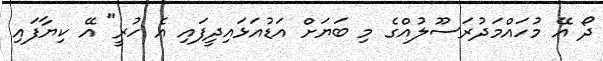
ދޯ އޭ މުހައްމަދުރަސޫލުއްގެ މި ބަޔަށް އަޑުއަޅައިދީފައި އެ ހުރީ" އޭ ކިޔާފައި